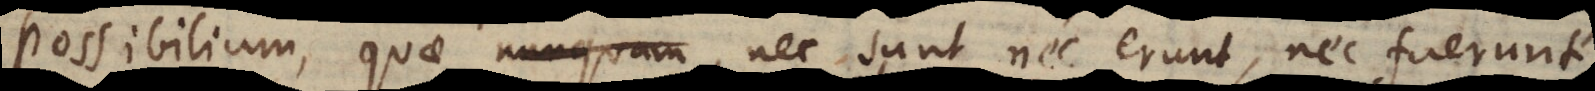
possibilium, quae nec sunt, nec erunt, nec fuerunt